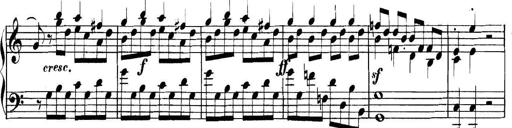
Title: Collected Piano Sonatas
Composer: Muzio Clementi